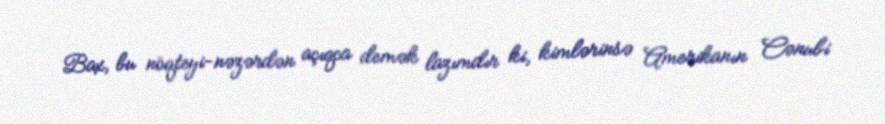
Bax, bu nöqteyi-nəzərdən açıqca demək lazımdır ki, kimlərinsə Amerikanın Cənubi